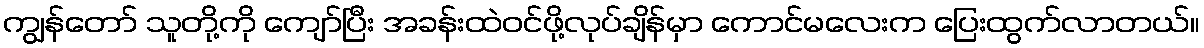
ကျွန်တော် သူတို့ကို ကျော်ပြီး အခန်းထဲဝင်ဖို့လုပ်ချိန်မှာ ကောင်မလေးက ပြေးထွက်လာတယ်။